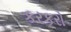
કરકરો